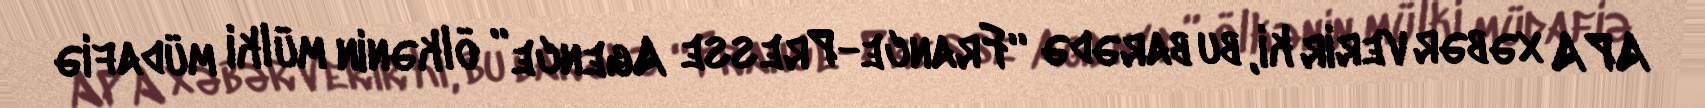
APA xəbər verir ki, bu barədə “France-Presse Agence” ölkənin mülki müdafiə